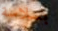
بسلاسة